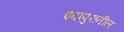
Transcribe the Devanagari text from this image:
इंदापुरातील